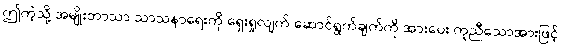
ဤကဲ့သို့ အမျိုးဘာသာ သာသနာရေးကို ရှေးရှုလျက် ဆောင်ရွက်ချက်ကို အားပေး ကူညီသောအားဖြင့်